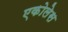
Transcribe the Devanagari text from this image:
एकोलेस